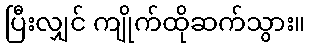
ပြီးလျှင် ကျိုက်ထိုဆက်သွား။